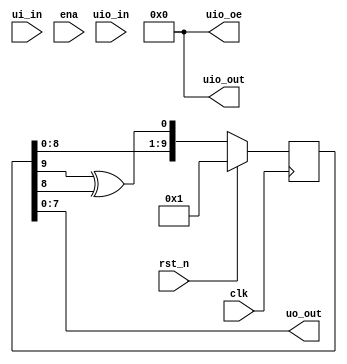
/*
 * Copyright (c) 2024 Your Name
 * SPDX-License-Identifier: Apache-2.0
 */

`define default_netname none

module tt_um_LFSR_shivam (
    input  wire [7:0] ui_in,    // Dedicated inputs
    output wire [7:0] uo_out,   // Dedicated outputs
    input  wire [7:0] uio_in,   // IOs: Input path
    output wire [7:0] uio_out,  // IOs: Output path
    output wire [7:0] uio_oe,   // IOs: Enable path (active high: 0=input, 1=output)
    input  wire       ena,      // will go high when the design is enabled
    input  wire       clk,      // clock
    input  wire       rst_n     // reset_n - low to reset
);
 
    reg[9:0] out;
 assign rst = rst_n;
 assign uo_out = out;

  // All output pins must be assigned. If not used, assign to 0.
  assign uio_out = 0;
  assign uio_oe  = 0;

    always@(posedge clk)
begin 
if(rst)
out =10'b1;
else
    out={out[8:0],(out[9]^out[8])};
end
endmodule